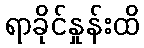
ရာခိုင်နှုန်းထိ